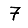
Digit: 7